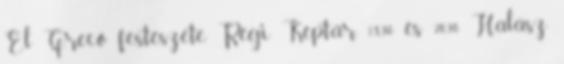
El Greco festészete Régi Képtár 18.30 és 20.30 Halász